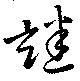
謎